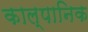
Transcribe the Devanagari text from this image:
काल्पानिक